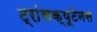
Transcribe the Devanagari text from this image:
ट्रांसक्यूटेनस